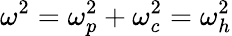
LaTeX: \omega^{2}=\omega_{p}^{2}+\omega_{c}^{2}=\omega_{h}^{2}